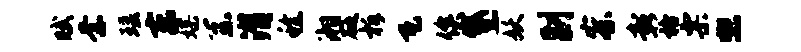
赋柰瑶东媒系潸稔湘砭柝瓦俟黛妖副察彰格票熙